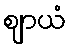
ဈာယံ